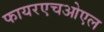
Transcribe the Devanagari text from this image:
फायरएचओएल